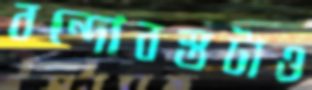
বন্দোবস্তটাও